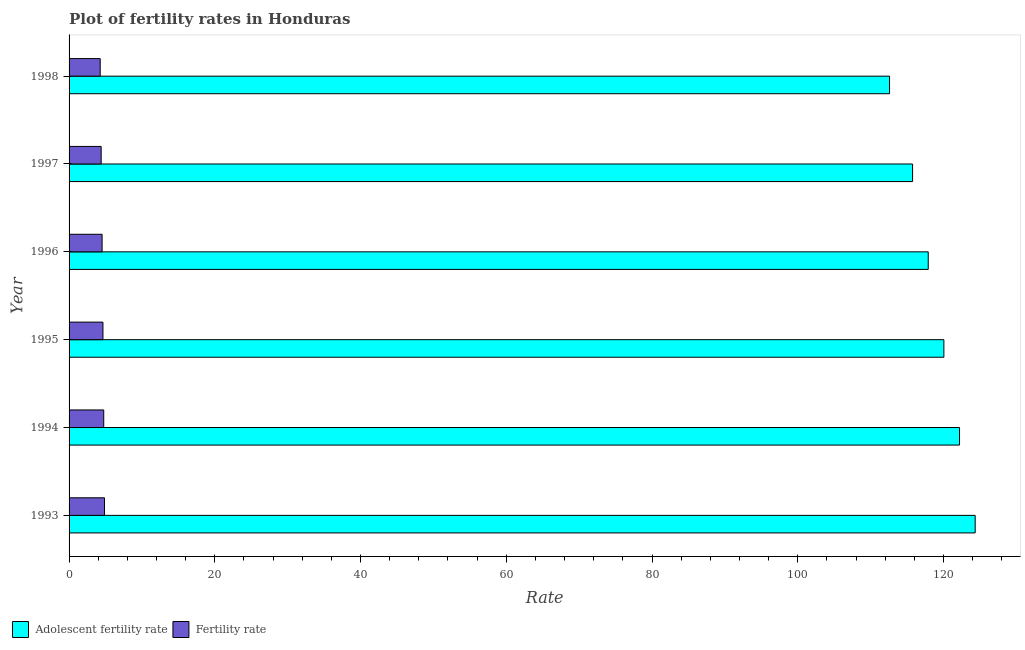
| Year | Adolescent fertility rate | Fertility rate |
 | --- | --- | --- |
 | 1993 | 124 | 4.86 |
 | 1994 | 122 | 4.76 |
 | 1995 | 120 | 4.65 |
 | 1996 | 118 | 4.53 |
 | 1997 | 116 | 4.41 |
 | 1998 | 113 | 4.27 |